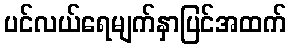
ပင်လယ်ရေမျက်နှာပြင်အထက်